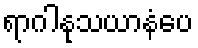
ရာဂါနုသယာနံပေ